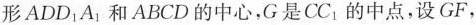
形ADD_{1}A_{1}和ABCD的中心，G是CC_{1}的中点，设GF，